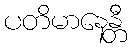
ပတိမာနေန္တီ